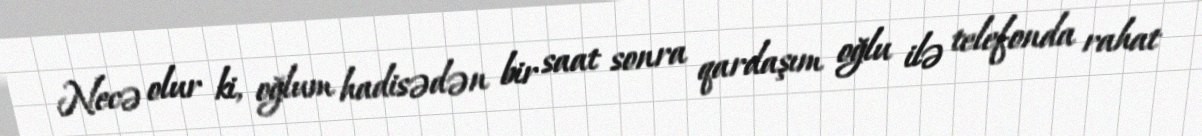
Necə olur ki, oğlum hadisədən bir saat sonra qardaşım oğlu ilə telefonda rahat